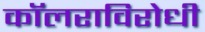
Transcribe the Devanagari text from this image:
कॉलराविरोधी